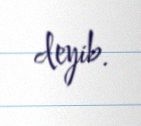
deyib.